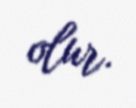
olur.